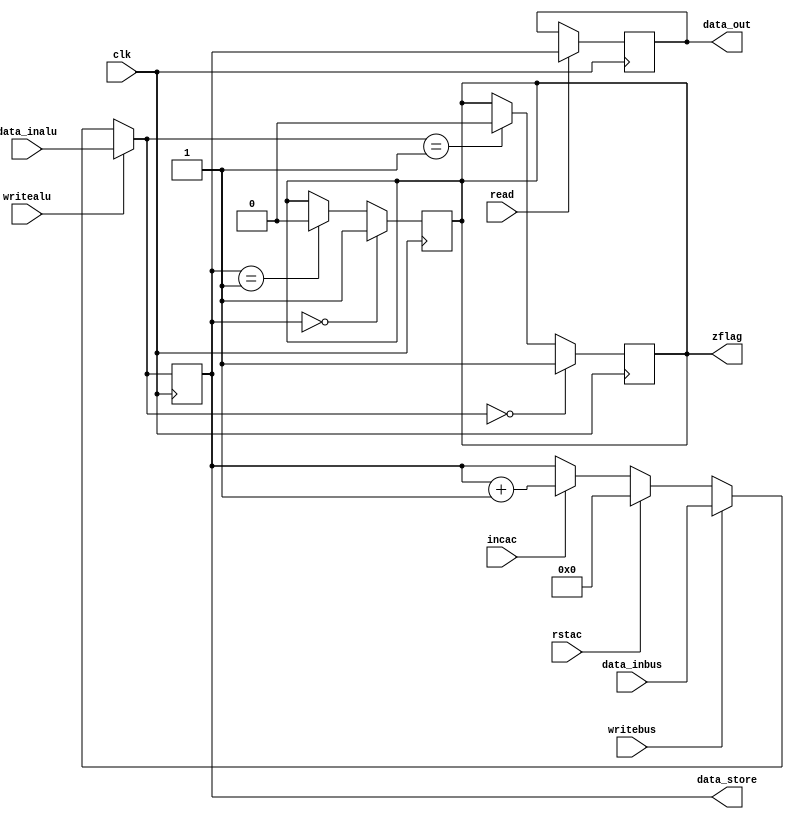
`timescale 1ns / 1ps
module ac (
    input clk, writealu,writebus,read,rstac,incac,
    input [15:0] data_inalu,data_inbus,
    output reg [15:0] data_out,data_store,
    output reg zflag =1'b0);

    always @(negedge clk)
        begin
            if (read) data_out = data_store;
            if(data_store==0) zflag = 1'b1;
            else if (data_store==1) zflag = 1'b0;
               
        end

    always @(posedge clk ) 
        begin
            if (writealu) data_store = data_inalu;
            else if (writebus) data_store = data_inbus;
            else if (rstac) data_store =0;
            else if (incac) data_store =data_store + 1;    
            if(data_store==0) zflag = 1'b1;
            else if (data_store==1) zflag =1'b0;
        end
endmodule